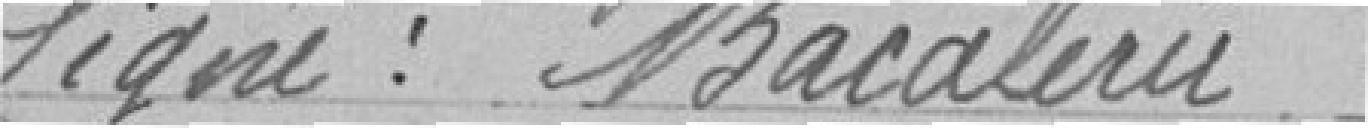
Signé : Bacalerir